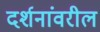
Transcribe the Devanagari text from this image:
दर्शनांवरील